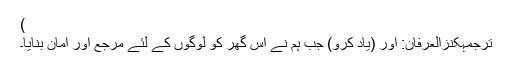
)
ترجمۂکنزُالعِرفان: اور (یاد کرو) جب ہم نے اس گھر کو لوگوں کے لئے مرجع اور امان بنایا۔